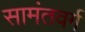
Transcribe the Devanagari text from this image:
सामंतवर्ग